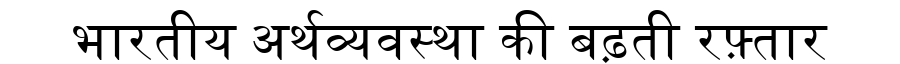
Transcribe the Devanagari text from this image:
भारतीय अर्थव्यवस्था की बढ़ती रफ़्तार